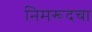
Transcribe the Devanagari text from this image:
निमरूदचा